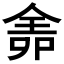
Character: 𠌆